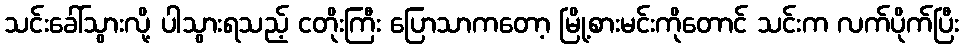
သင်းခေါ်သွားလို့ ပါသွားရသည့် ငတိုးကြီး ပြောသာကတော့ မြို့စားမင်းကိုတောင် သင်းက လက်ပိုက်ပြီး